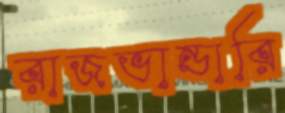
রাজভান্ডারি